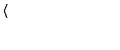
\langle \,